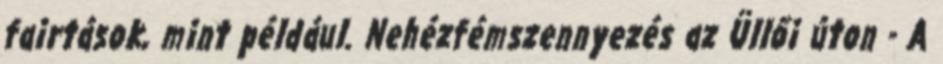
fairtások, mint például. Nehézfémszennyezés az Üllői úton - A